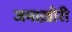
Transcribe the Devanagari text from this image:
जमाख़ोरी